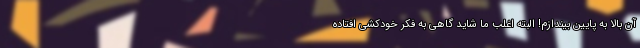
آن بالا به پایین بیندازم! البته اغلب ما شاید گاهی به فکر خودکشی افتاده